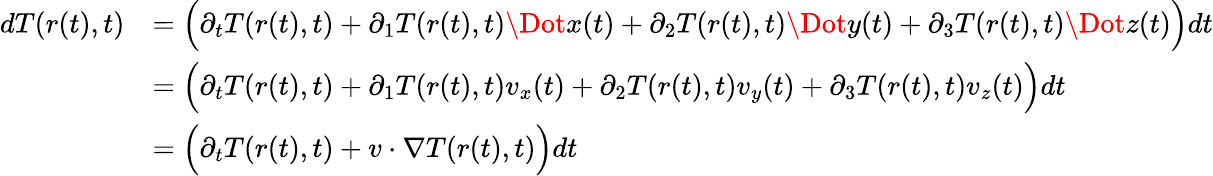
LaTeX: \begin{array}{rl}{dT(r(t),t)}&{=\Big(\partial_{t}T(r(t),t)+\partial_{1}T(r(t),t)\Dot{x}(t)+\partial_{2}T(r(t),t)\Dot{y}(t)+\partial_{3}T(r(t),t)\Dot{z}(t)\Big)dt}\\ &{=\Big(\partial_{t}T(r(t),t)+\partial_{1}T(r(t),t)v_{x}(t)+\partial_{2}T(r(t),t)v_{y}(t)+\partial_{3}T(r(t),t)v_{z}(t)\Big)dt}\\ &{=\Big(\partial_{t}T(r(t),t)+v\cdot\nabla T(r(t),t)\Big)dt}\end{array}